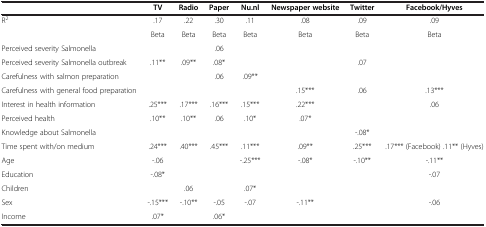
<table><thead><tr><td><b> </b></td><td><b>TV</b></td><td><b>Radio</b></td><td><b>Paper</b></td><td><b>Nu.nl</b></td><td><b>Newspaper website</b></td><td><b>Twitter</b></td><td><b>Facebook/Hyves</b></td></tr></thead><tbody><tr><td>R<sup>2</sup></td><td>.17</td><td>.22</td><td>.30</td><td>.11</td><td>.08</td><td>.09</td><td>.09</td></tr><tr><td> </td><td>Beta</td><td>Beta</td><td>Beta</td><td>Beta</td><td>Beta</td><td>Beta</td><td>Beta</td></tr><tr><td>Perceived severity Salmonella</td><td> </td><td> </td><td>.06</td><td> </td><td> </td><td> </td><td> </td></tr><tr><td>Perceived severity Salmonella outbreak</td><td>.11**</td><td>.09**</td><td>.08*</td><td> </td><td> </td><td>.07</td><td> </td></tr><tr><td>Carefulness with salmon preparation</td><td> </td><td> </td><td>.06</td><td>.09**</td><td> </td><td> </td><td> </td></tr><tr><td>Carefulness with general food preparation</td><td> </td><td> </td><td> </td><td> </td><td>.15***</td><td>.06</td><td>.13***</td></tr><tr><td>Interest in health information</td><td>.25***</td><td>.17***</td><td>.16***</td><td>.15***</td><td>.22***</td><td> </td><td>.06</td></tr><tr><td>Perceived health</td><td>.10**</td><td>.10**</td><td>.06</td><td>.10*</td><td>.07*</td><td> </td><td> </td></tr><tr><td>Knowledge about Salmonella</td><td> </td><td> </td><td> </td><td> </td><td> </td><td>-.08*</td><td> </td></tr><tr><td>Time spent with/on medium</td><td>.24***</td><td>.40***</td><td>.45***</td><td>.11***</td><td>.09**</td><td>.25***</td><td>.17*** (Facebook) .11** (Hyves)</td></tr><tr><td>Age</td><td>-.06</td><td> </td><td> </td><td>-.25***</td><td>-.08*</td><td>-.10**</td><td>-.11**</td></tr><tr><td>Education</td><td>-.08*</td><td> </td><td> </td><td> </td><td> </td><td> </td><td>-.07</td></tr><tr><td>Children</td><td> </td><td>.06</td><td> </td><td>.07*</td><td> </td><td> </td><td> </td></tr><tr><td>Sex</td><td>-.15***</td><td>-.10**</td><td>-.05</td><td>-.07</td><td>-.11**</td><td> </td><td>-.06</td></tr><tr><td>Income</td><td>.07*</td><td> </td><td>.06*</td><td> </td><td> </td><td> </td><td> </td></tr></tbody></table>